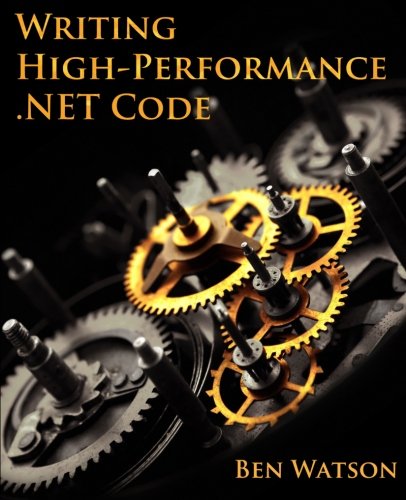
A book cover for Writing High-Performance .NET Code; Ben Watson; Computers & Technology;